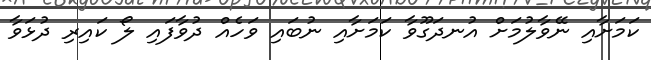
ކަމަށާއި ނޭވާލުމަށް އުނދަގޫވާ ކަމަށާއި ނުބައި ވަހެއް ދުވާފައި ލޯ ކައިރި ދުޅަވާ